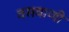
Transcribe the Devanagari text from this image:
वसवाणी